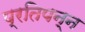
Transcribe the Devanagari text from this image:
प्रतिपन्न